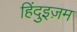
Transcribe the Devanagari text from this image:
हिंदुइज़म